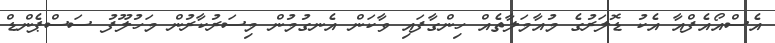
އެސްއޯއެފްއާ އެކު ޑޮލަރުގެ މުއާމަލާތެއް ހިންގާފައި ވާކަން އެނގުމުން މިސަރުކާރުން މަހުލޫފު ސަސްޕެންޑް